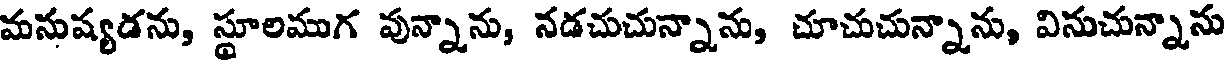
మనుష్యడను, స్థూలముగ వున్నాను, నడచుచున్నాను, చూచుచున్నాను, వినుచున్నాను